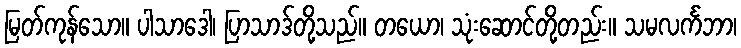
မြတ်ကုန်သော။ ပါသာဒေါ၊ ပြာသာဒ်တို့သည်။ တယော၊ သုံးဆောင်တို့တည်း။ သမလင်္ကဘာ၊